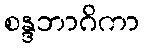
စန္ဒဘာဂိကာ